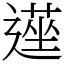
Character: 遳